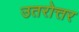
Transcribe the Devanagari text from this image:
उतरोत्तर